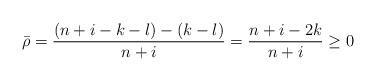
LaTeX: \begin{align*} \bar{\rho}=\frac{(n+i-k-l)-(k-l)}{n+i}=\frac{n+i-2k}{n+i}\geq 0\end{align*}